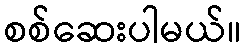
စစ်ဆေးပါမယ်။